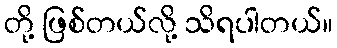
တို့ ဖြစ်တယ်လို့ သိရပါတယ်။